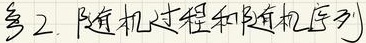
§2. 随机过程和随机序列